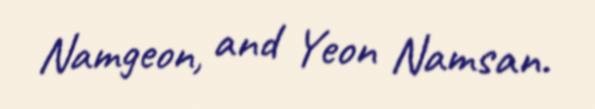
Namgeon, and Yeon Namsan.